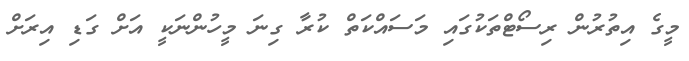
މީގެ އިތުރުން ރިސޯޓްތަކުގައި މަސައްކަތް ކުރާ ގިނަ މީހުންނަކީ އަށް ގަޑި އިރަށް